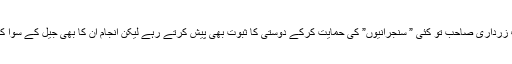
اور آصف زرداری صاحب تو کئی ” سنجرانیوں” کی حمایت کرکے دوستی کا ثبوت بھی پیش کرتے رہے لیکن انجام ان کا بھی جیل کے سوا کچھ نہ ہوا۔